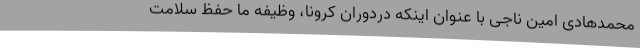
محمدهادی امین ناجی با عنوان اینکه دردوران کرونا، وظیفه ما حفظ سلامت